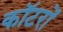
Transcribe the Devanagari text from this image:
कॉटरों